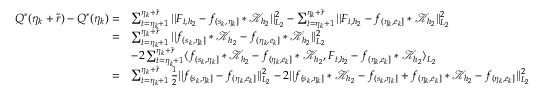
\begin{array} { r l } { Q ^ { * } ( \eta _ { k } + \widetilde { r } ) - Q ^ { * } ( \eta _ { k } ) = } & { \sum _ { t = \eta _ { k } + 1 } ^ { \eta _ { k } + \widetilde { r } } \vert \vert F _ { t , { h _ { 2 } } } - f _ { ( s _ { k } , \eta _ { k } ] } \ast \mathcal { K } _ { { h _ { 2 } } } \vert \vert _ { L _ { 2 } } ^ { 2 } - \sum _ { t = \eta _ { k } + 1 } ^ { \eta _ { k } + \widetilde { r } } \vert \vert F _ { t , { h _ { 2 } } } - f _ { ( \eta _ { k } , e _ { k } ] } \ast \mathcal { K } _ { h _ { 2 } } \vert \vert _ { L _ { 2 } } ^ { 2 } } \\ { = } & { \sum _ { t = \eta _ { k } + 1 } ^ { \eta _ { k } + \widetilde { r } } \vert \vert f _ { ( s _ { k } , \eta _ { k } ] } \ast \mathcal { K } _ { { h _ { 2 } } } - f _ { ( \eta _ { k } , e _ { k } ] } \ast \mathcal { K } _ { h _ { 2 } } \vert \vert _ { L _ { 2 } } ^ { 2 } } \\ & { - 2 \sum _ { t = \eta _ { k } + 1 } ^ { \eta _ { k } + \widetilde { r } } \langle f _ { ( s _ { k } , \eta _ { k } ] } \ast \mathcal { K } _ { { h _ { 2 } } } - f _ { ( \eta _ { k } , e _ { k } ] } \ast \mathcal { K } _ { h _ { 2 } } , F _ { t , { h _ { 2 } } } - f _ { ( \eta _ { k } , e _ { k } ] } \ast \mathcal { K } _ { h _ { 2 } } \rangle _ { L _ { 2 } } } \\ { = } & { \sum _ { t = \eta _ { k } + 1 } ^ { \eta _ { k } + \widetilde { r } } \frac { 1 } { 2 } \vert \vert f _ { ( s _ { k } , \eta _ { k } ] } - f _ { ( \eta _ { k } , e _ { k } ] } \vert \vert _ { L _ { 2 } } ^ { 2 } - 2 \vert \vert f _ { ( s _ { k } , \eta _ { k } ] } \ast \mathcal { K } _ { { h _ { 2 } } } - f _ { ( s _ { k } , \eta _ { k } ] } + f _ { ( \eta _ { k } , e _ { k } ] } \ast \mathcal { K } _ { h _ { 2 } } - f _ { ( \eta _ { k } , e _ { k } ] } \vert \vert _ { L _ { 2 } } ^ { 2 } } \end{array}